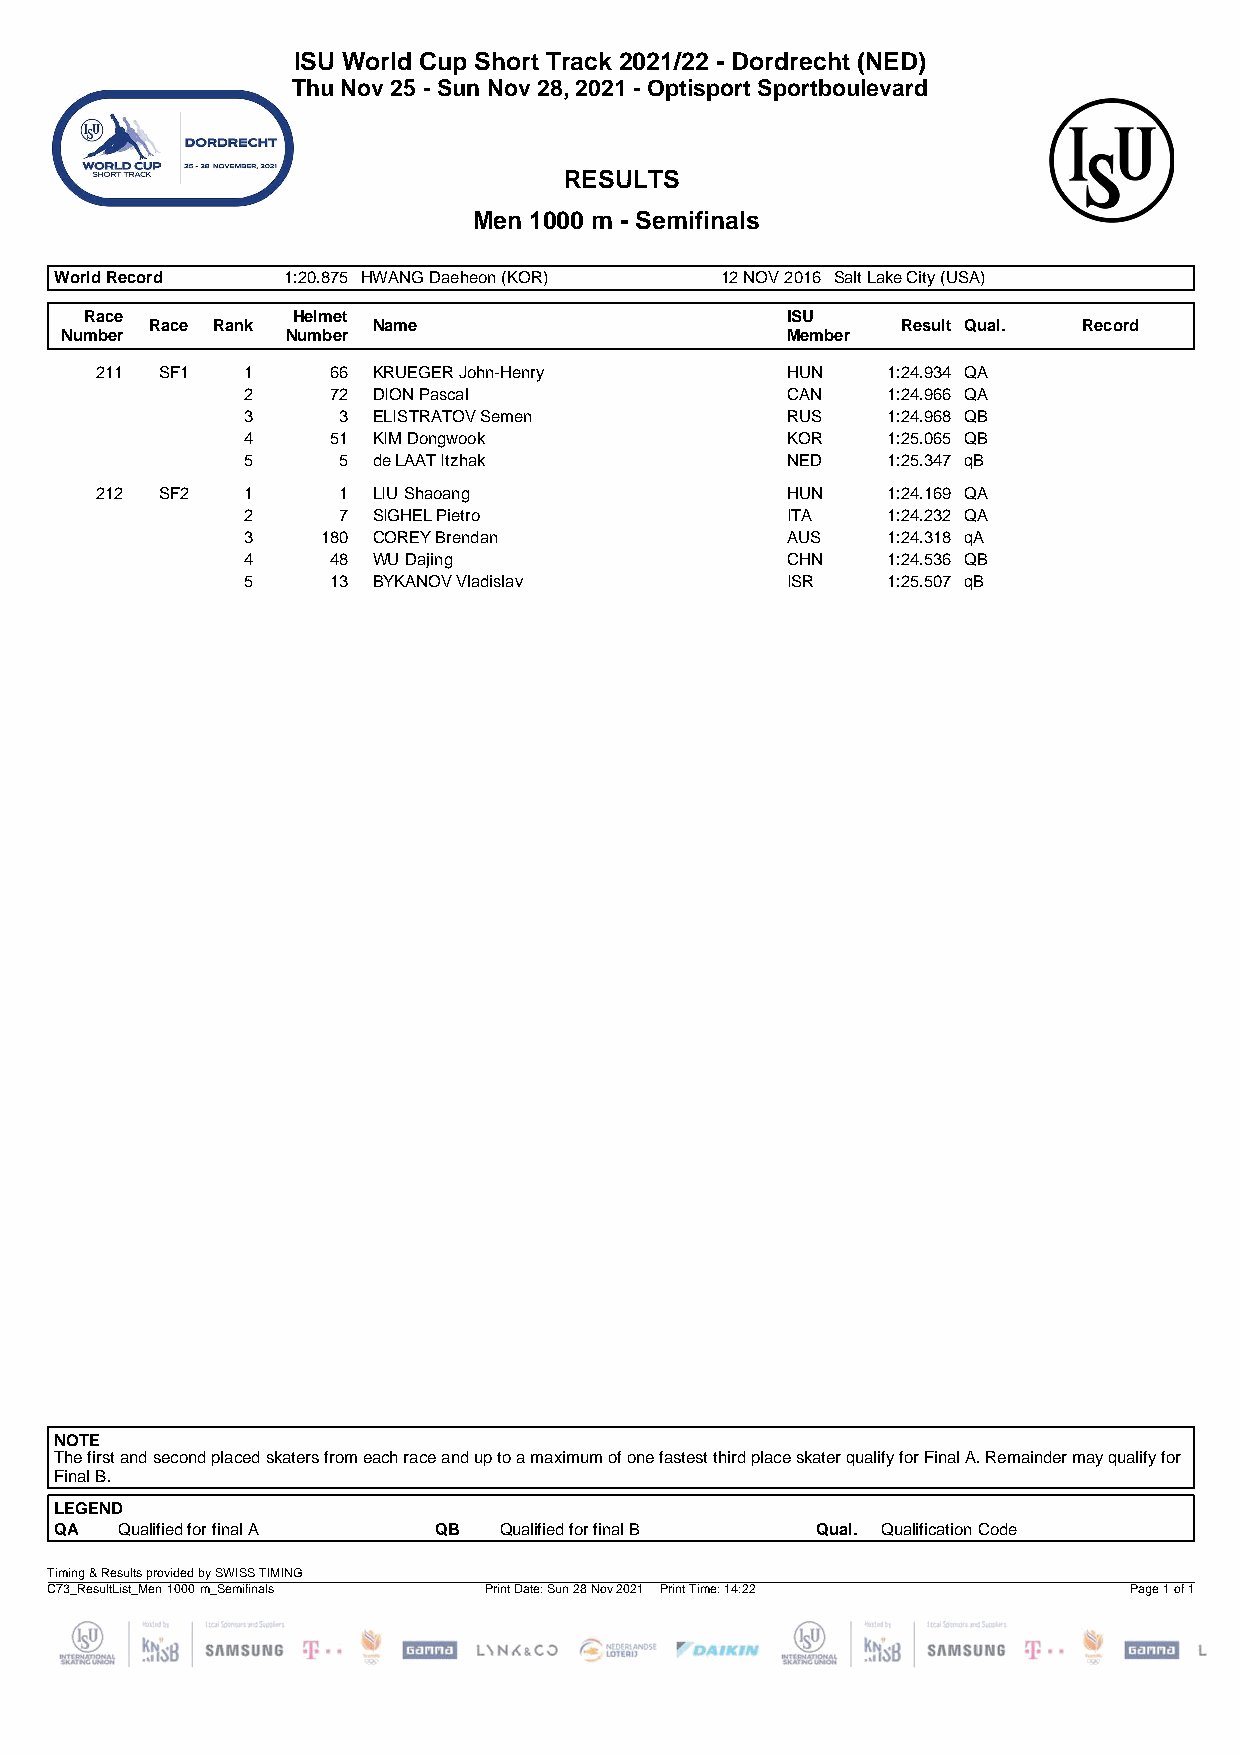
ISU World Cup Short Track 2021/22 - Dordrecht (NED)
 Thu Nov 25 - Sun Nov 28, 2021 - Optisport Sportboulevard
 RESULTS
 Men 1000 m - Semifinals
 World Record   1:20.875 HWANG Daeheon (KOR) 12 NOV 2016 Salt Lake City (USA)
 Race         Helmet                           ISU
 Race Rank      Name                               Result Qual. Record
 Number         Number                           Member
 211  SF1  1     66 KRUEGER John-Henry         HUN    1:24.934 QA
 2     72 DION Pascal                CAN    1:24.966 QA
 3     3  ELISTRATOV Semen           RUS    1:24.968 QB
 4     51 KIM Dongwook               KOR    1:25.065 QB
 5     5  de LAAT Itzhak             NED    1:25.347 qB
 212  SF2  1     1  LIU Shaoang                HUN    1:24.169 QA
 2     7  SIGHEL Pietro              ITA    1:24.232 QA
 3    180 COREY Brendan              AUS    1:24.318 qA
 4     48 WU Dajing                  CHN    1:24.536 QB
 5     13 BYKANOV Vladislav          ISR    1:25.507 qB
 NOTE
 The first and second placed skaters from each race and up to a maximum of one fastest third place skater qualify for Final A.Remainder may qualify for
 Final B.
 LEGEND
 QA  Qualified for final A QB Qualified for final B Qual. Qualification Code
 Timing & Results provided by SWISS TIMING
 C73_ResultList_Men 1000 m_Semifinals Print Date: Sun 28 Nov 2021 Print Time: 14:22 Page 1 of 1